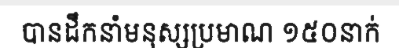
បានដឹកនាំមនុស្សប្រមាណ ១៥០នាក់